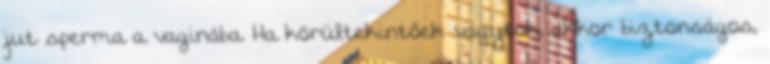
jut sperma a vaginába. Ha körültekintőek vagytok, akkor biztonságos,